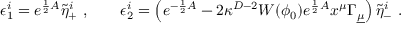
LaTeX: \epsilon _ { 1 } ^ { i } = e ^ { { \frac { 1 } { 2 } } A } \tilde { \eta } _ { + } ^ { i } \ , \qquad \epsilon _ { 2 } ^ { i } = \left( e ^ { - { \frac { 1 } { 2 } } A } - 2 \kappa ^ { D - 2 } W ( \phi _ { 0 } ) e ^ { { \frac { 1 } { 2 } } A } x ^ { \mu } \Gamma _ { \underline { { \mu } } } \right) \tilde { \eta } _ { - } ^ { i } \ .